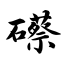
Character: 礤